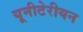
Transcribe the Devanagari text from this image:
यूनीटेरीयन